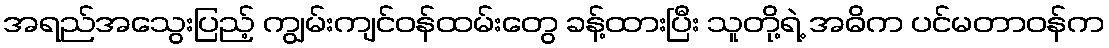
အရည်အသွေးပြည့် ကျွမ်းကျင်ဝန်ထမ်းတွေ ခန့်ထားပြီး သူတို့ရဲ့ အဓိက ပင်မတာဝန်က